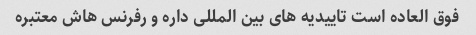
فوق العاده است تاییدیه های بین المللی داره و رفرنس هاش معتبره